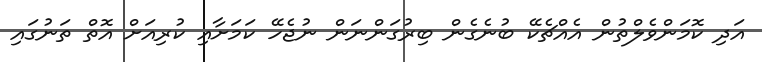
އަދި ކޮމަންވެލްތުން އެއްޗެކޭ ބުނެގެން ބިރުގަންނަން ނުޖެހޭ ކަމަށާއި ކުރިއަށް އޮތް ތަނުގައި